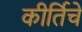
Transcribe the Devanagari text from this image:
कीर्तिचे